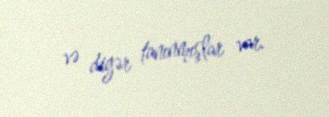
və digər tanınmışlar var.